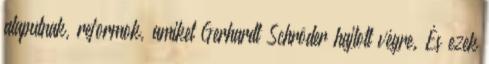
alapulnak, reformok, amiket Gerhardt Schröder hajtott végre. És ezek